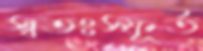
স্বতঃস্ফূর্ত